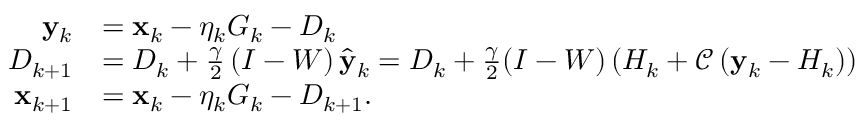
\begin{array} { r l } { \mathbf { y } _ { k } } & { = \mathbf { x } _ { k } - \eta _ { k } G _ { k } - { D } _ { k } } \\ { { D } _ { k + 1 } } & { = { D } _ { k } + \frac { \gamma } { 2 } \left( I - W \right) \hat { \mathbf { y } } _ { k } = { D } _ { k } + \frac { \gamma } { 2 } ( I - W ) \left( H _ { k } + \mathcal { C } \left( \mathbf { y } _ { k } - H _ { k } \right) \right) } \\ { \mathbf { x } _ { k + 1 } } & { = \mathbf { x } _ { k } - \eta _ { k } G _ { k } - { D } _ { k + 1 } . } \end{array}